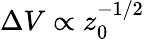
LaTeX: \Delta V\propto z_{0}^{-1/2}